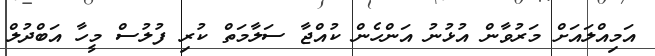
އަމިއްލައަށް މަރުވާން އުޅުނު އަންހެން ކުއްޖާ ސަލާމަތް ކުރި ފުލުސް މީހާ އަބްދުލް